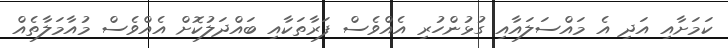
ކަމަށާއި އަދި އެ މައްސަލައާއި ގުޅުންހުރި އެއްވެސް ފަރާތަކާއި ބައްދަލުކޮށް އެއްވެސް މުއާމަލާތެއް